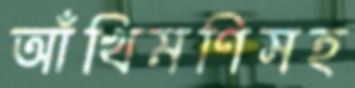
আঁখিমণিসহ